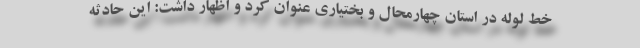
خط لوله در استان چهارمحال و بختیاری عنوان کرد و اظهار داشت: این حادثه